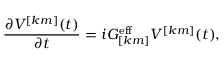
\frac { \partial V ^ { [ k m ] } ( t ) } { \partial t } = i G _ { [ k m ] } ^ { \mathrm { e f f } } V ^ { [ k m ] } ( t ) ,